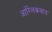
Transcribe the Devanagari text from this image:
आंग्लिकवाद